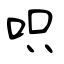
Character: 呮